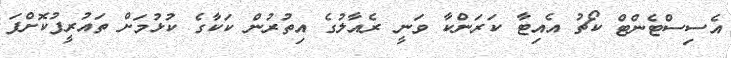
އެސިސްޓެންޓް ކޯޗު އެއިޓާ ކަރަންކާ ވަނީ ރެއާލުގެ އިތުރުން ކަކާގެ ކުޅުމަށް ތައުރީފުކޮށްފަ